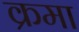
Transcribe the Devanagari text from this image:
क्रमा